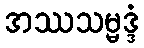
အဿသမ္မဒ္ဒံ